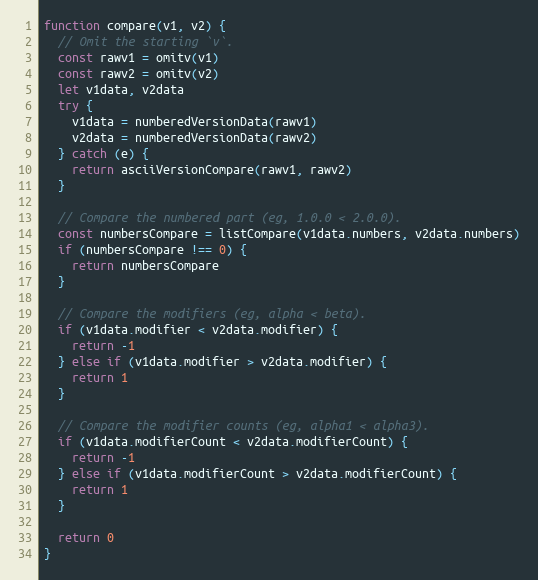
Language: JavaScript
function compare(v1, v2) {
  // Omit the starting `v`.
  const rawv1 = omitv(v1)
  const rawv2 = omitv(v2)
  let v1data, v2data
  try {
    v1data = numberedVersionData(rawv1)
    v2data = numberedVersionData(rawv2)
  } catch (e) {
    return asciiVersionCompare(rawv1, rawv2)
  }

  // Compare the numbered part (eg, 1.0.0 < 2.0.0).
  const numbersCompare = listCompare(v1data.numbers, v2data.numbers)
  if (numbersCompare !== 0) {
    return numbersCompare
  }

  // Compare the modifiers (eg, alpha < beta).
  if (v1data.modifier < v2data.modifier) {
    return -1
  } else if (v1data.modifier > v2data.modifier) {
    return 1
  }

  // Compare the modifier counts (eg, alpha1 < alpha3).
  if (v1data.modifierCount < v2data.modifierCount) {
    return -1
  } else if (v1data.modifierCount > v2data.modifierCount) {
    return 1
  }

  return 0
}